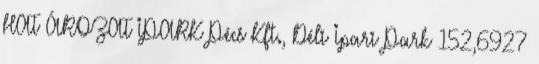
HAT ÁROZAT IPARK Pécs Kft., Déli Ipari Park 152,6927